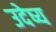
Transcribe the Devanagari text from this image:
उदेष्य